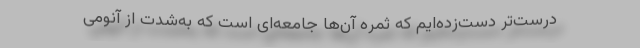
درست‌تر دست‌زده‌ایم که ثمره آن‌ها جامعه‌ای است که به‌شدت از آنومی